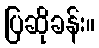
ပြဆိုခန်း။